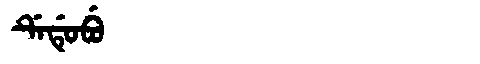
Manchu: ᡩᡝᡩᡠᠪᡠ
Romanization: DEDUBU